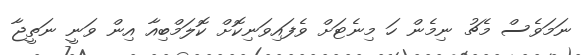
ނަމަވެސް މެޗު ނިމެން ހަ މިނެޓަށް ވެފައިވަނިކޮށް ކޮލަމްބިއާ އިން ވަނީ ނަތީޖާ